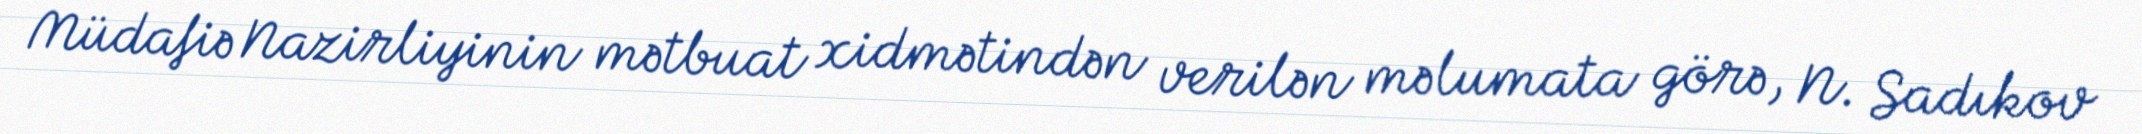
Müdafiə Nazirliyinin mətbuat xidmətindən verilən məlumata görə, N. Sadıkov